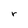
Character: r